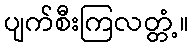
ပျက်စီးကြလတ္တံ့။